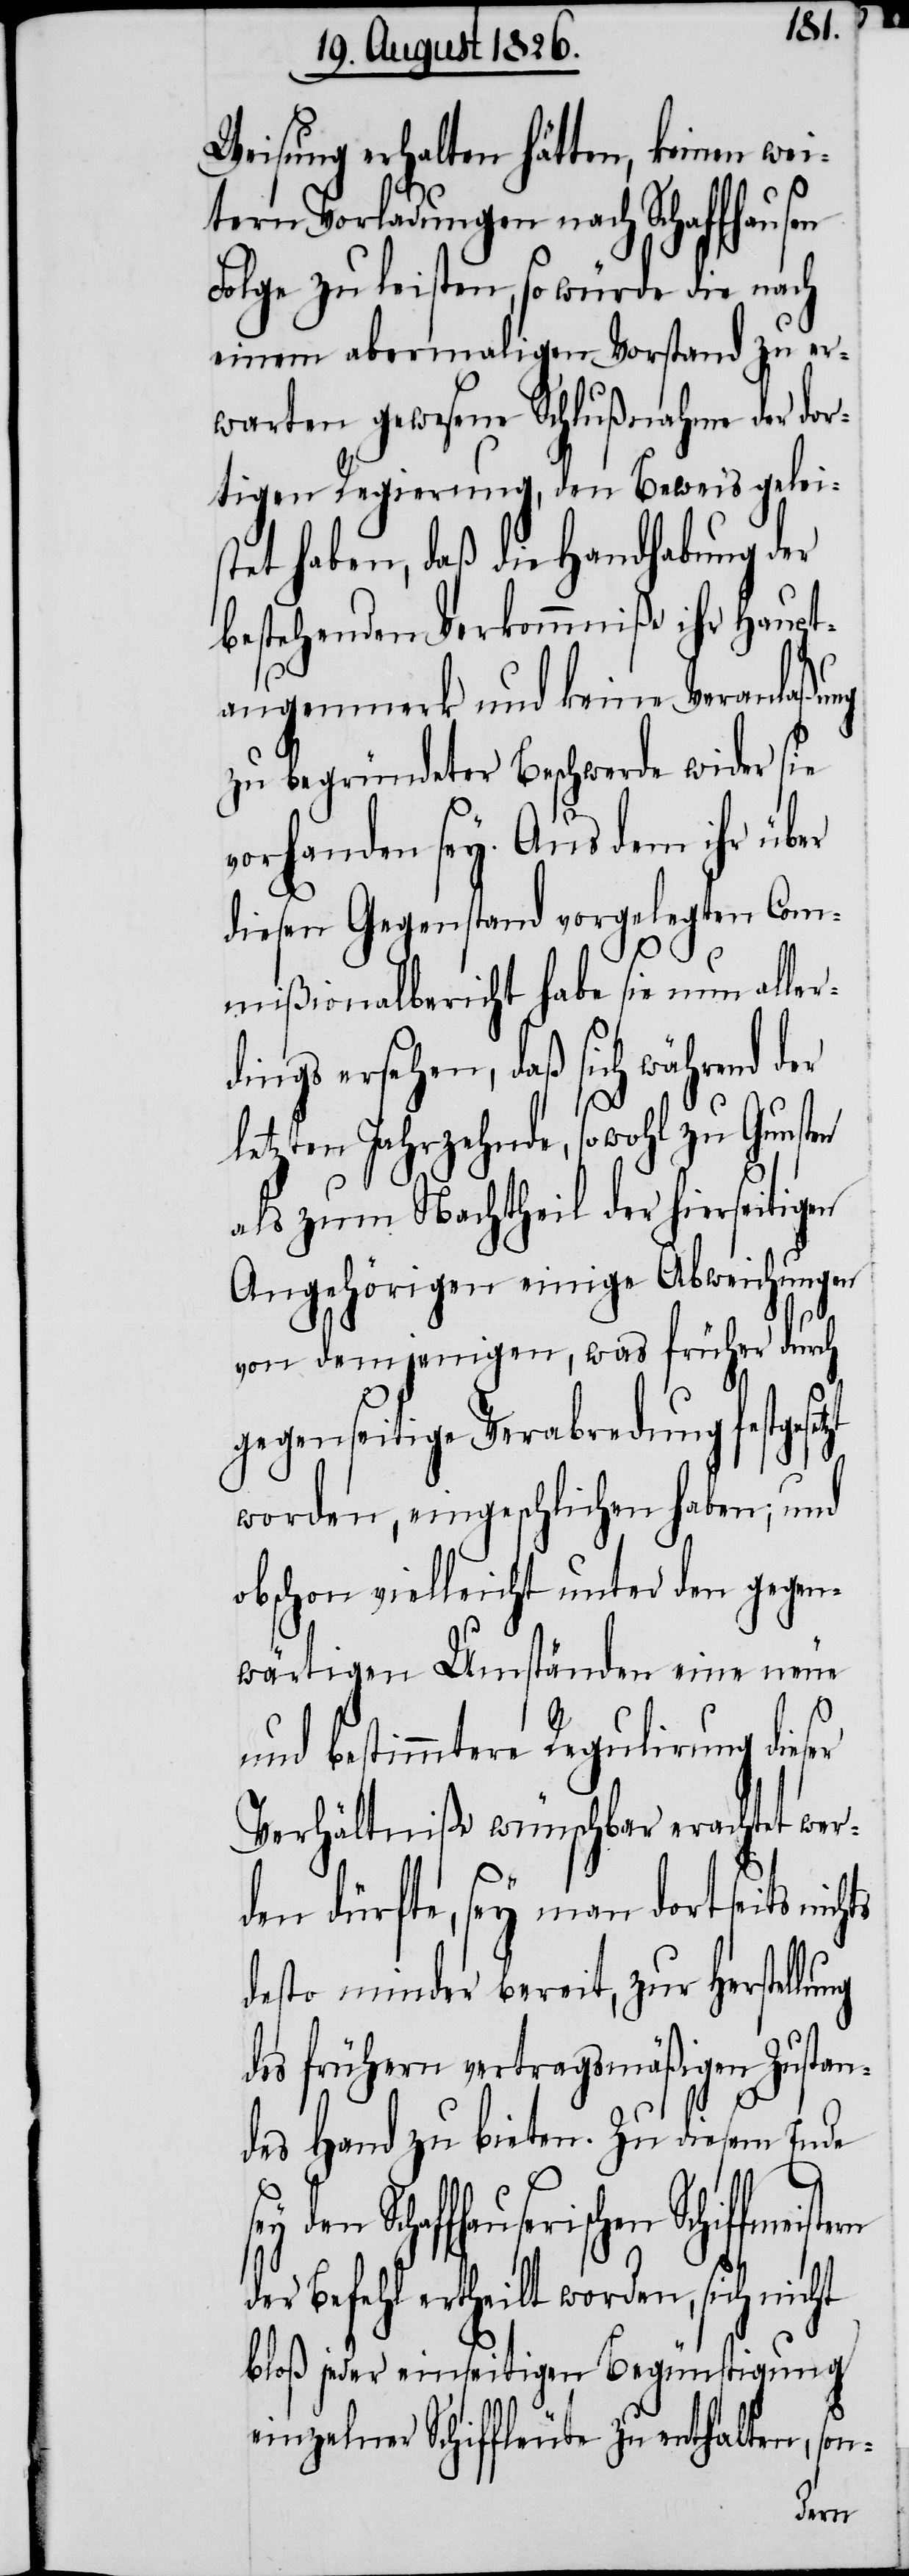
Weisung erhalten hätten, keinen wei¬
tern Vorladungen nach Schaffhausen
Folge zu leisten, so würde die nach
einem abermaligen Vorstand zu er¬
warten gewesene Schlußnahme der dor¬
tigen Regierung, den Beweis gelei¬
stet haben, daß die Handhabung der
bestehenden Verkommniße ihr Haupt¬
augenmerk und keine Veranlaßung
zu begründeter Beschwerde wider sie
vorhanden sey. Aus dem ihr über
diesen Gegenstand vorgelegten Com¬
mißionalbericht habe sie nun aller¬
dings ersehen, daß sich während der
letzten Jahrzehnde, sowohl zu Gunsten
als zum Nachtheil der hierseiti¬
Angehörigen einige Abweichungen
von demjenigen, was früher durch
gegenseitige Verabredung festgese¬
worden, eingeschlichen haben; und
obschon vielleicht unter den gegen¬
wärtigen Umständen eine neue
hts
und bestimmtere Regulirung dieser
Verhältniße wünschbar erachtet wer¬
den dürfte, sey man dortseits nic¬
desto minder bereit, zur Herstellu¬
des frühern vertragsmäßigen Zustan¬
des Hand zu bieten. Zu diesem Ende
den Schaffhauserischen
der Befehl ertheilt worden, sich nicht
bloß jeder einseitigen Begünstigung
einzelner Schiffleute zu enthalten, son-

ng